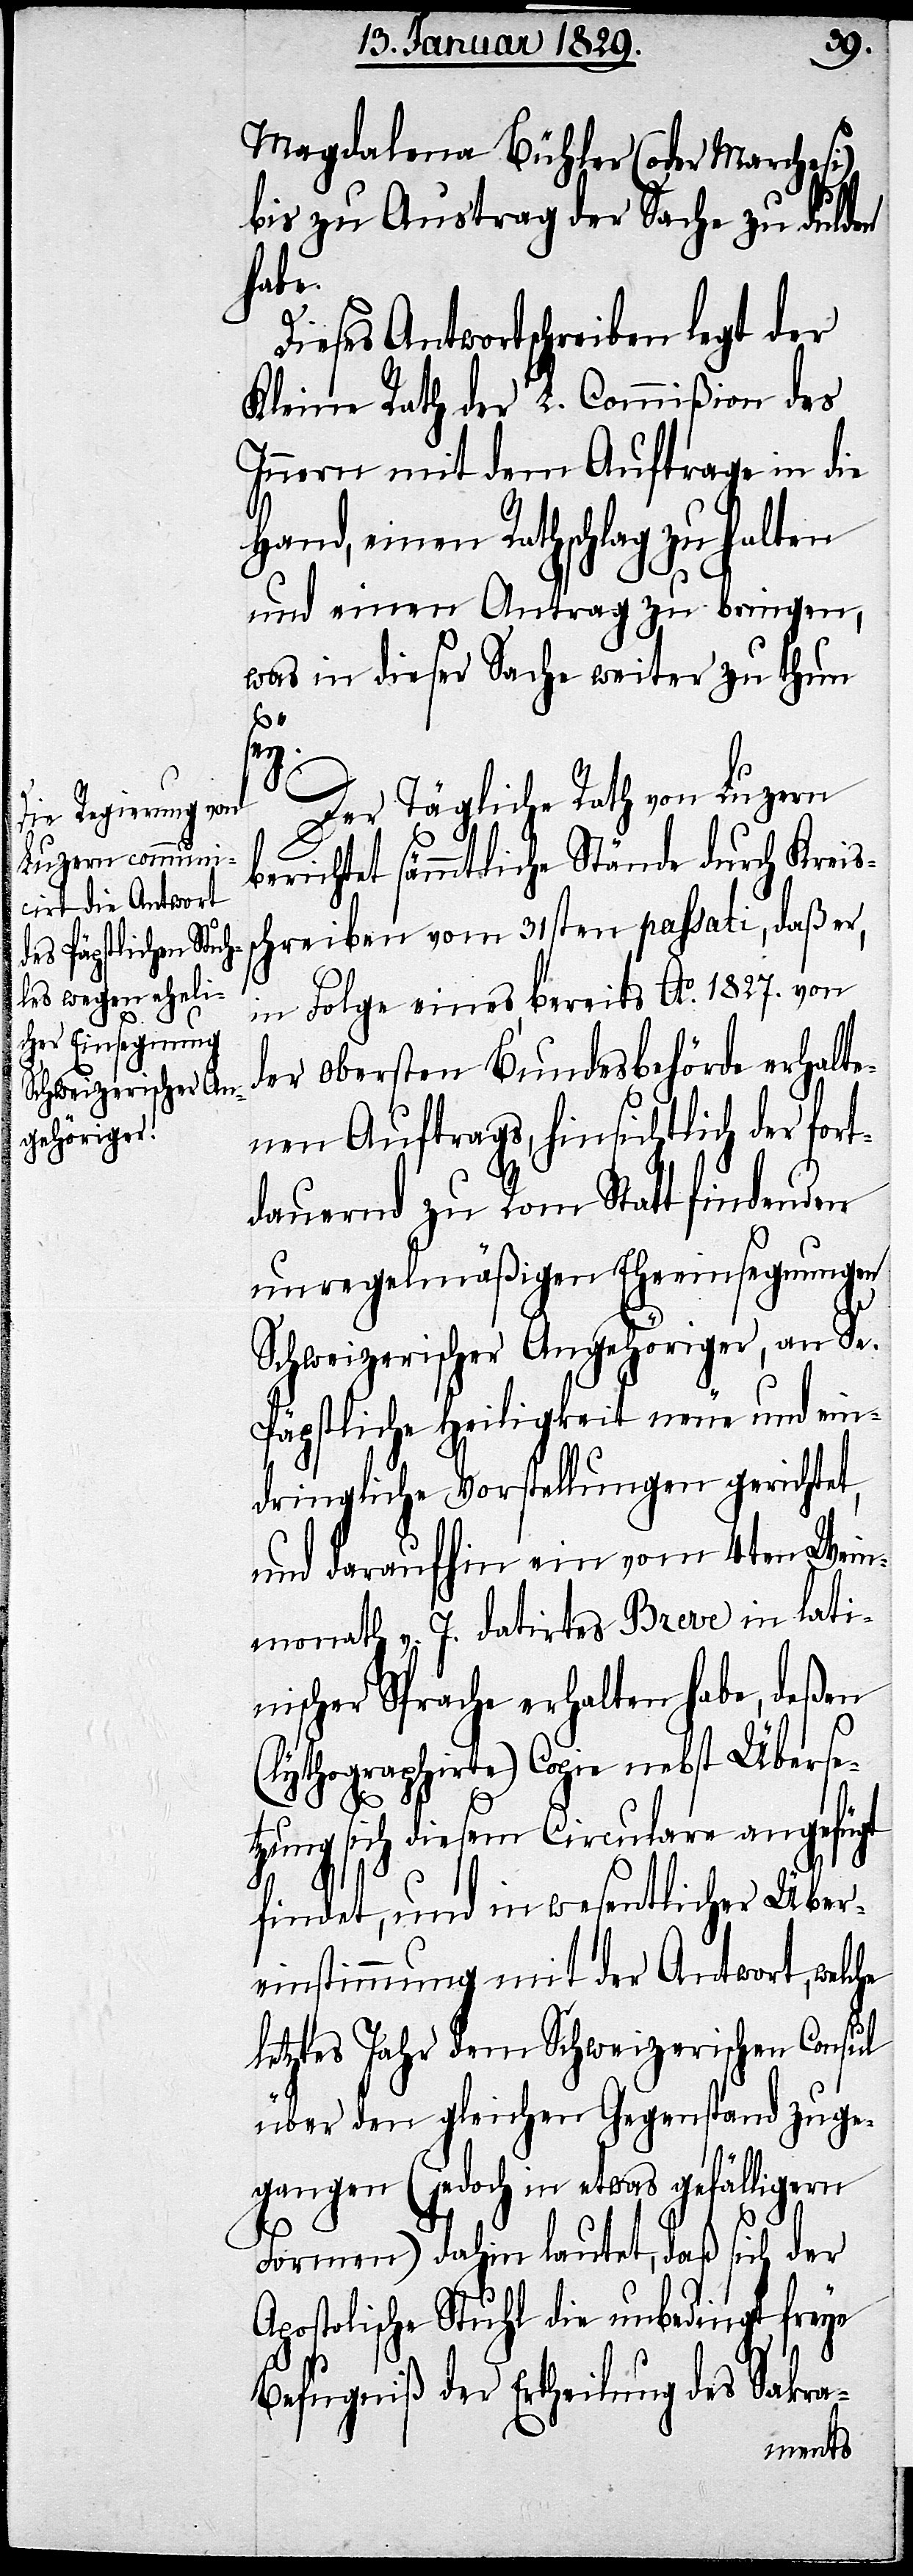
Magdalena Bühler (oder Marchesi)
bis zu Austrag der Sache zu dulden
habe.
Dieses Antwortschreiben legt der
Kleine Rath der L. Commißion des
Innern mit dem Auftrage in die
Hand, einen Rathschlag zu halten
und einen Antrag zu bringen,
was in dieser Sache weiter zu thun
sey.
Der Tägliche Rath von Luzern
berichtet sämmtliche Stände durch Kreis¬
schreiben vom 31sten passati, daß er,
in Folge eines bereits Ao. 1827. von
der obersten Bundesbehörde erhalte¬
nen Auftrags, hinsichtlich der for¬
tdauernden zu Rom Statt findenden
unregelmäßigen Eheeinsegnungen
Schweizerischer Angehöriger, an Sr.
Päpstlichen Heiligkeit neue und ein¬
dringliche Vorstellungen gerichtet,
und daraufhin ein vom 4ten Wein¬
monath v. J. datirtes Breve in lati¬
nischer Sprache erhalten habe, deßen
(lythographirte) Copie nebst Überse¬
tzung sich diesem Circulare angefügt
findet, und in wesentlicher Über¬
einstimmung mit der Antwort, welche
letztes Jahr dem Schweizerischen Consul
über den gleichen Gegenstand zuge¬
gangen (jedoch in etwas gefälligern
Formen) dahin lautet, daß sich der
Apostolische Stuhl die unbedingt, freye
Befugniß der Ertheilung des Sakra-